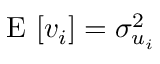
\mathrm { ~ E ~ } [ v _ { i } ] = \sigma _ { u _ { i } } ^ { 2 }